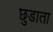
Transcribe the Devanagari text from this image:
छुडाता